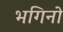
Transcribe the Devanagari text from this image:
भगिनो